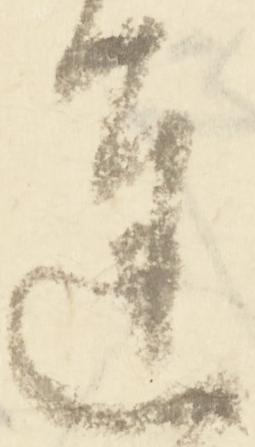
遅